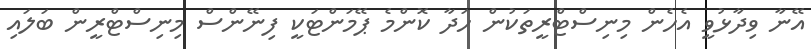
އޭނާ ވިދާޅުވީ އެހެން މިނިސްޓްރީތަކުން ހަދާ ކޮންމެ ޕޭމަންޓަކީ ފިނޭންސް މިނިސްޓްރީން ބަލައި